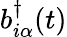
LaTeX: b_{i\alpha}^{\dagger}(t)